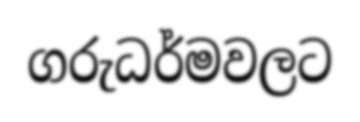
ගරුධර්මවලට